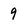
Character: 9